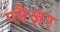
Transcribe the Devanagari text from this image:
प्लैज़र